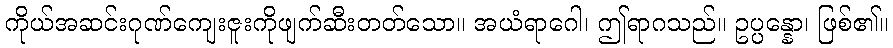
ကိုယ်အဆင်းဂုဏ်ကျေးဇူးကိုဖျက်ဆီးတတ်သော။ အယံရာဂေါ၊ ဤရာဂသည်။ ဥပ္ပန္နော၊ ဖြစ်၏။